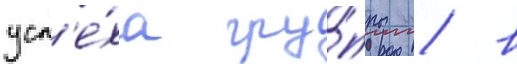
усп'е́ха гру́ппы / в